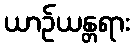
ယာဉ်ယန္တရား